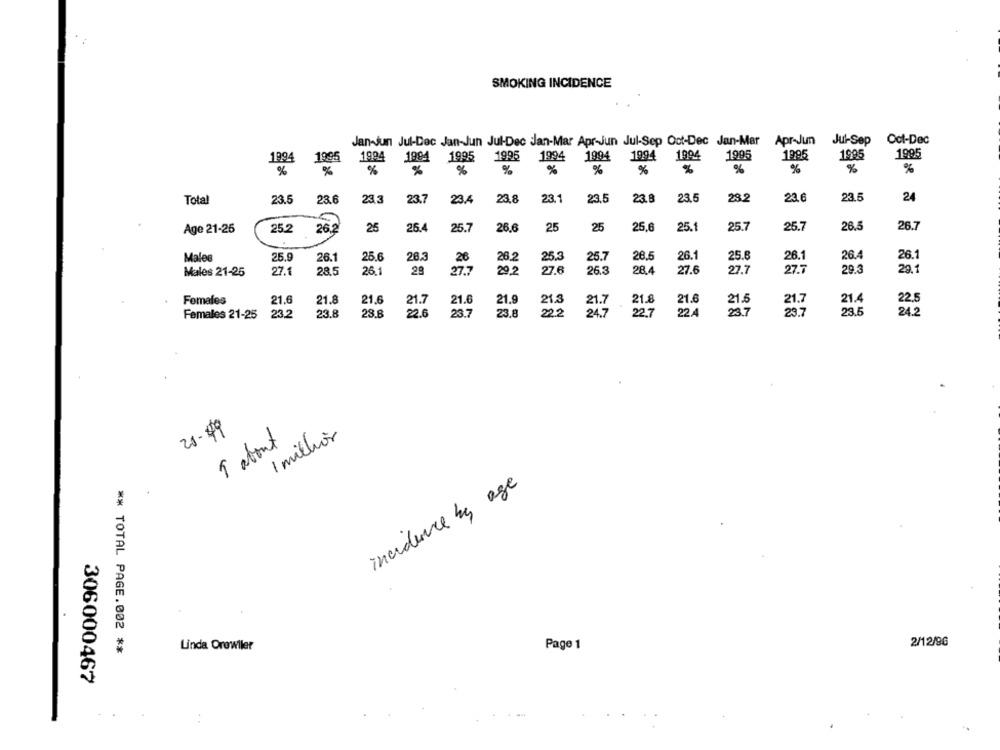
SMOKING INCIDENCE
Jan-Jun Jul-Dec Jan-Jun Jul-Dec Jan-Mar Apr-Jun Jul-Sep Oct-Dec Jan-Mar
Apr-Jun
Jul-Sep
Oot-Dec
1994
1995
1994 1994 1995 1995 1994 1994 1994
1994
1994
1995
1995
1995
1995
%
%
%
%
%
%
%
%
%
%
%
%
%
%
Total
23.5
23.6
23.3
23.7
23.4
23.8
23.
23.5
23.
23.5
28.2
23.6
23.5
24
Age 21-25
25.2
26
25
26.4
25.
26.6
25
25
25.6
25.1
25.
25.7
26.5
26.7
25.3
28.5
26.1
25.8
26.1
26.
26.
Males
25.
26.1
25.6
26
26.2
25.7
27.1
28.5
26.1
29
29,2
27.6
265
28.4
27.6
27.7
27.7
29.3
29.1
Males 21-25
27.7
Females
21.6
21.8
21.6
21.7
21.6
21.9
21.3
21.8
21.6
21.5
21.7
21.4
22.5
Females 21-25
23.2
23.8
28.8
22.6
23.7
23.8
22.2
24.7
227
22.4
23.7
29.7
23.5
24.2
25.49
1 million
9 about
incidence by age
Page 1
2/12/96
** TOTAL PAGE.002 **
Linda Orowiler
306000467